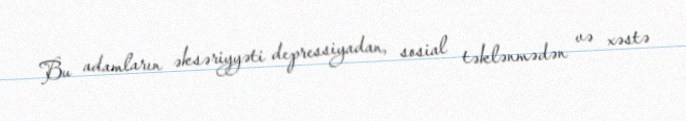
Bu adamların əksəriyyəti depressiyadan, sosial təklənmədən və xəstə